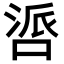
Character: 𪡤